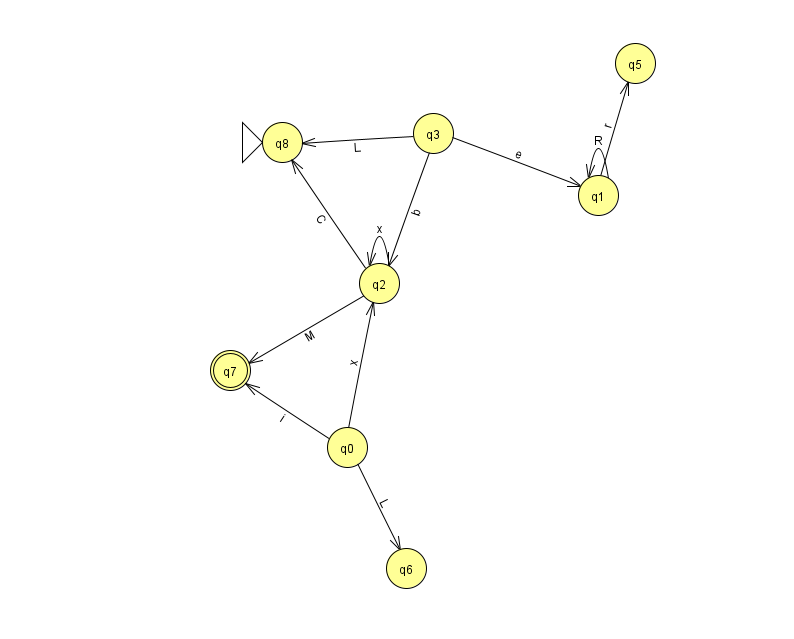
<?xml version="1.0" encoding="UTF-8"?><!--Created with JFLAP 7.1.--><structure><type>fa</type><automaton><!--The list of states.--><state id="0" name="q0"><x>347.0</x><y>434.0</y></state><state id="1" name="q1"><x>598.0</x><y>182.0</y></state><state id="2" name="q2"><x>379.0</x><y>270.0</y></state><state id="3" name="q3"><x>433.0</x><y>120.0</y></state><state id="5" name="q5"><x>635.0</x><y>50.0</y></state><state id="6" name="q6"><x>406.0</x><y>555.0</y></state><state id="7" name="q7"><x>230.0</x><y>357.0</y><final/></state><state id="8" name="q8"><x>282.0</x><y>129.0</y><initial/></state><!--The list of transitions.--><transition><from>1</from><to>1</to><read>R</read></transition><transition><from>2</from><to>7</to><read>M</read></transition><transition><from>3</from><to>8</to><read>L</read></transition><transition><from>2</from><to>8</to><read>C</read></transition><transition><from>0</from><to>2</to><read>x</read></transition><transition><from>1</from><to>5</to><read>r</read></transition><transition><from>3</from><to>1</to><read>e</read></transition><transition><from>2</from><to>2</to><read>x</read></transition><transition><from>0</from><to>6</to><read>L</read></transition><transition><from>0</from><to>7</to><read>i</read></transition><transition><from>3</from><to>2</to><read>b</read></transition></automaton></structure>